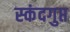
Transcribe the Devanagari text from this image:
स्‍कंदगुप्त